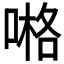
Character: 𠺝